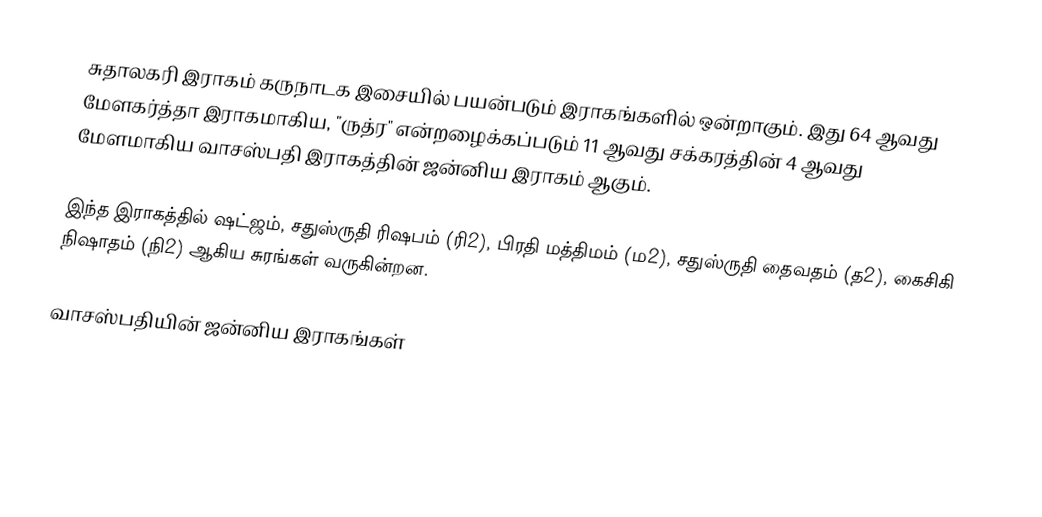
சுதாலகரி இராகம் கருநாடக இசையில் பயன்படும் இராகங்களில் ஒன்றாகும். இது 64 ஆவது மேளகர்த்தா இராகமாகிய, "ருத்ர" என்றழைக்கப்படும் 11 ஆவது சக்கரத்தின் 4 ஆவது மேளமாகிய வாசஸ்பதி இராகத்தின் ஜன்னிய இராகம் ஆகும்.

இந்த இராகத்தில் ஷட்ஜம், சதுஸ்ருதி ரிஷபம் (ரி2),  பிரதி மத்திமம் (ம2), சதுஸ்ருதி தைவதம் (த2), கைசிகி நிஷாதம்  (நி2) ஆகிய சுரங்கள் வருகின்றன.

வாசஸ்பதியின் ஜன்னிய இராகங்கள்